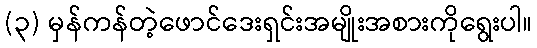
(၃) မှန်ကန်တဲ့ဖောင်ဒေးရှင်းအမျိုးအစားကိုရွေးပါ။